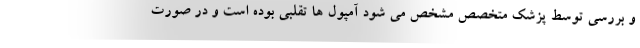
و بررسی توسط پزشک متخصص مشخص می شود آمپول ها تقلبی بوده است و در صورت